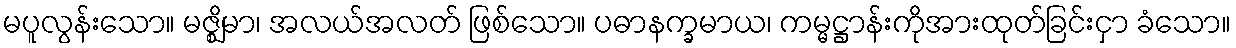
မပူလွန်းသော။ မဇ္ဈိမာ၊ အလယ်အလတ် ဖြစ်သော။ ပဓာနက္ခမာယ၊ ကမ္မဋ္ဌာန်းကိုအားထုတ်ခြင်းငှာ ခံသော။